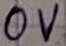
Text: 0V